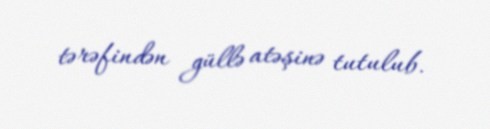
tərəfindən güllə atəşinə tutulub.